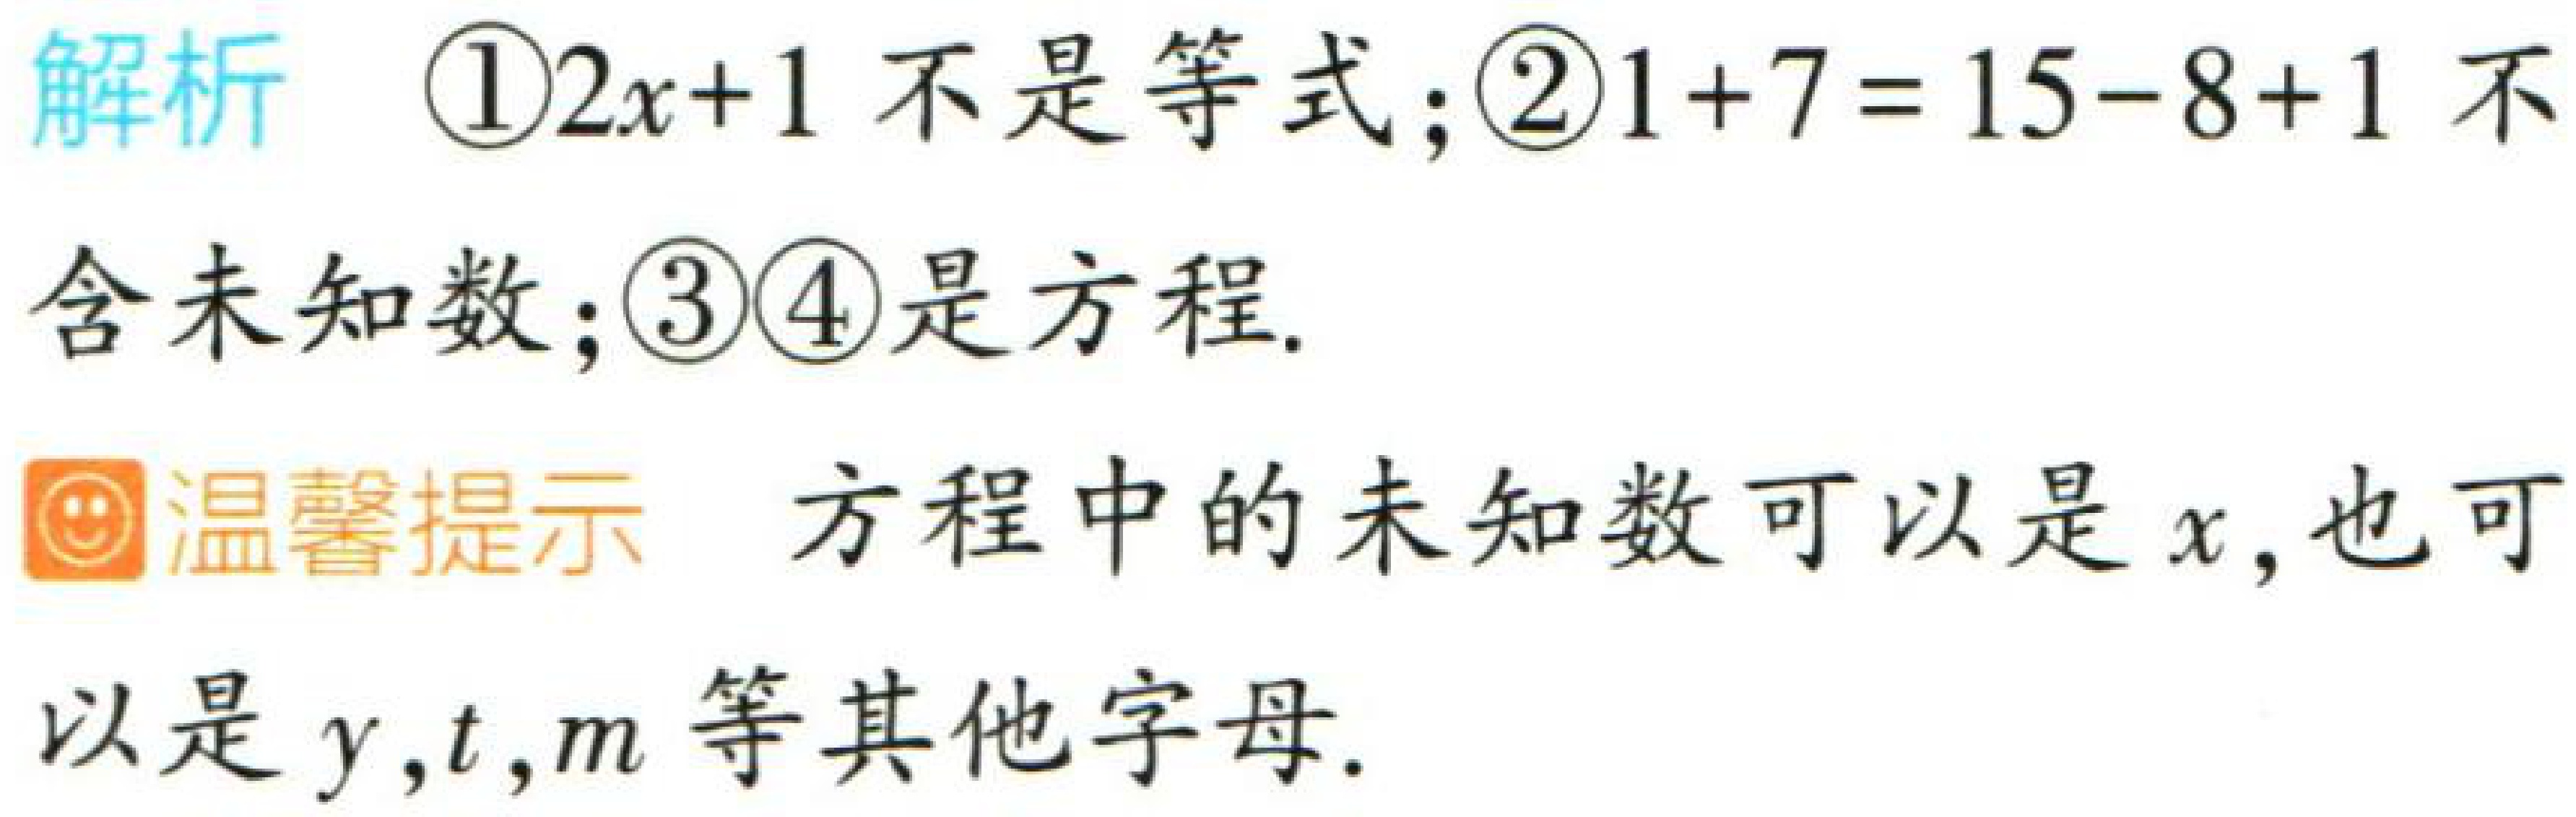
解析 \textcircled{1}\(2x + 1\)不是等式；\textcircled{2}\(1 + 7 = 15 - 8 + 1\)不含未知数；\textcircled{3}\textcircled{4}是方程.

温馨提示 方程中的未知数可以是\(x\)，也可以是\(y,t,m\)等其他字母.